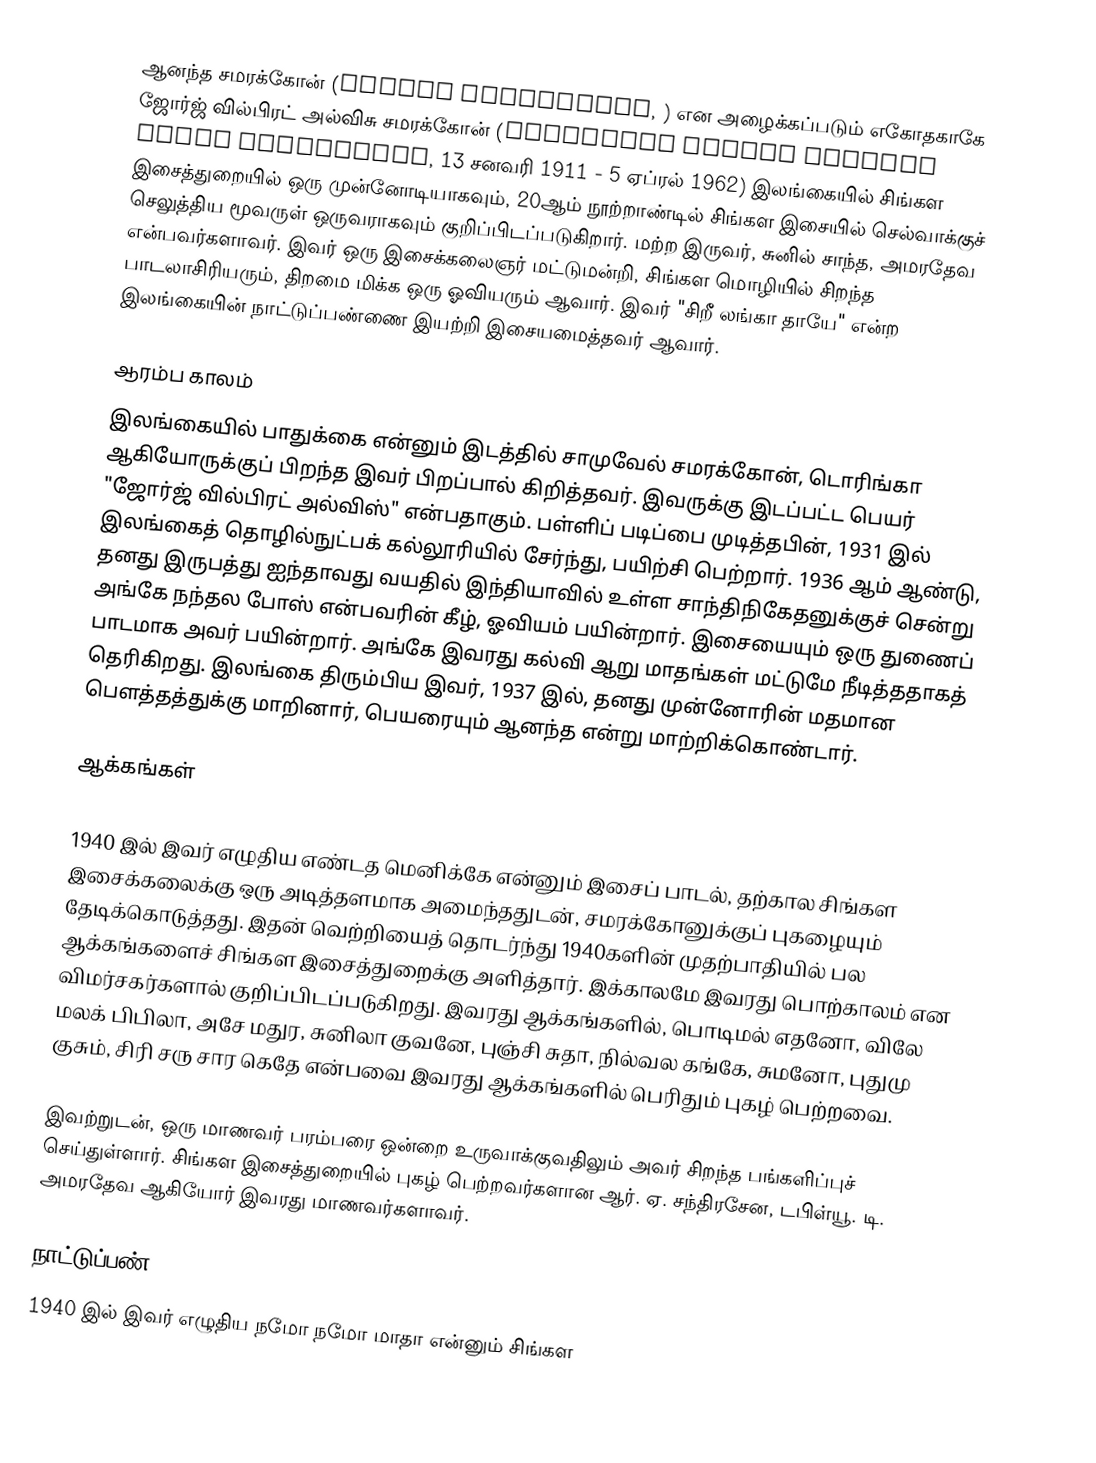
ஆனந்த சமரக்கோன் (Ananda Samarakone, ) என அழைக்கப்படும் எகோதகாகே ஜோர்ஜ் வில்பிரட் அல்விசு சமரக்கோன் (Egodahage George Wilfred Alwis Samarakoon, 13 சனவரி 1911 - 5 ஏப்ரல் 1962) இலங்கையில் சிங்கள இசைத்துறையில் ஒரு முன்னோடியாகவும், 20ஆம் நூற்றாண்டில் சிங்கள இசையில் செல்வாக்குச் செலுத்திய மூவருள் ஒருவராகவும் குறிப்பிடப்படுகிறார். மற்ற இருவர், சுனில் சாந்த, அமரதேவ என்பவர்களாவர். இவர் ஒரு இசைக்கலைஞர் மட்டுமன்றி, சிங்கள மொழியில் சிறந்த பாடலாசிரியரும், திறமை மிக்க ஒரு ஓவியரும் ஆவார். இவர் "சிறீ லங்கா தாயே" என்ற இலங்கையின் நாட்டுப்பண்ணை இயற்றி இசையமைத்தவர் ஆவார்.

ஆரம்ப காலம்
இலங்கையில் பாதுக்கை என்னும் இடத்தில் சாமுவேல் சமரக்கோன், டொரிங்கா ஆகியோருக்குப் பிறந்த இவர் பிறப்பால் கிறித்தவர். இவருக்கு இடப்பட்ட பெயர் "ஜோர்ஜ் வில்பிரட் அல்விஸ்" என்பதாகும். பள்ளிப் படிப்பை முடித்தபின், 1931 இல் இலங்கைத் தொழில்நுட்பக் கல்லூரியில் சேர்ந்து, பயிற்சி பெற்றார். 1936 ஆம் ஆண்டு, தனது இருபத்து ஐந்தாவது வயதில் இந்தியாவில் உள்ள சாந்திநிகேதனுக்குச் சென்று அங்கே நந்தல போஸ் என்பவரின் கீழ், ஓவியம் பயின்றார். இசையையும் ஒரு துணைப் பாடமாக அவர் பயின்றார். அங்கே இவரது கல்வி ஆறு மாதங்கள் மட்டுமே நீடித்ததாகத் தெரிகிறது. இலங்கை திரும்பிய இவர், 1937 இல், தனது முன்னோரின் மதமான பௌத்தத்துக்கு மாறினார், பெயரையும் ஆனந்த என்று மாற்றிக்கொண்டார்.

ஆக்கங்கள்

1940 இல் இவர் எழுதிய எண்டத மெனிக்கே என்னும் இசைப் பாடல், தற்கால சிங்கள இசைக்கலைக்கு ஒரு அடித்தளமாக அமைந்ததுடன், சமரக்கோனுக்குப் புகழையும் தேடிக்கொடுத்தது. இதன் வெற்றியைத் தொடர்ந்து 1940களின் முதற்பாதியில் பல ஆக்கங்களைச் சிங்கள இசைத்துறைக்கு அளித்தார். இக்காலமே இவரது பொற்காலம் என விமர்சகர்களால் குறிப்பிடப்படுகிறது. இவரது ஆக்கங்களில், பொடிமல் எதனோ, விலே மலக் பிபிலா, அசே மதுர, சுனிலா குவனே, புஞ்சி சுதா, நில்வல கங்கே, சுமனோ, புதுமு குசும், சிரி சரு சார கெதே என்பவை இவரது ஆக்கங்களில் பெரிதும் புகழ் பெற்றவை.

இவற்றுடன், ஒரு மாணவர் பரம்பரை ஒன்றை உருவாக்குவதிலும் அவர் சிறந்த பங்களிப்புச் செய்துள்ளார். சிங்கள இசைத்துறையில் புகழ் பெற்றவர்களான ஆர். ஏ. சந்திரசேன, டபிள்யூ. டி. அமரதேவ ஆகியோர் இவரது மாணவர்களாவர்.

நாட்டுப்பண்
1940 இல் இவர் எழுதிய நமோ நமோ மாதா என்னும் சிங்கள